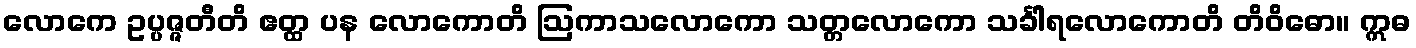
လောကေ ဥပ္ပဇ္ဇတီတိ ဧတ္ထ ပန လောကောတိ ဩကာသလောကော သတ္တလောကော သင်္ခါရလောကောတိ တိဝိဓော။ ဣဓ